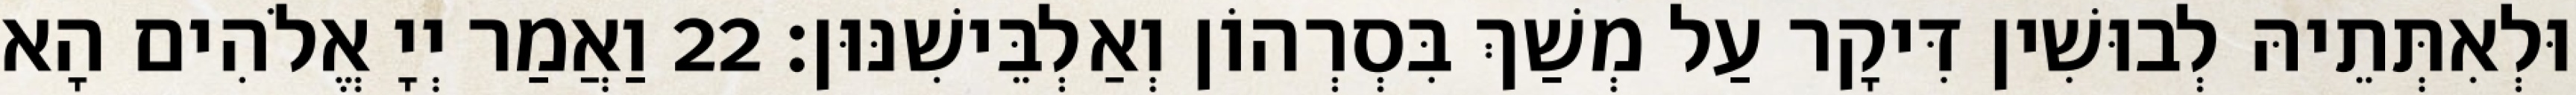
וּלְאִתְּתֵיהּ לְבוּשִׁין דִּיקָר עַל מְשַׁךְ בִּסְרְהוֹן וְאַלְבֵּישִׁנּוּן׃ 22 וַאֲמַר יְיָ אֱלֹהִים הָא